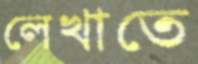
লেখাতে